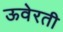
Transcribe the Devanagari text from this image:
ऊवेरती